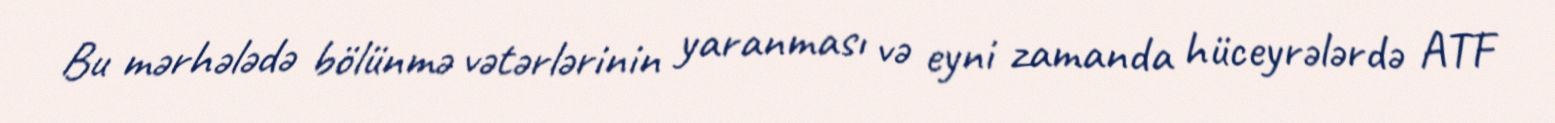
Bu mərhələdə bölünmə vətərlərinin yaranması və eyni zamanda hüceyrələrdə ATF